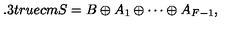
\hspace { - 3 . 3 t r u e c m } S = B \oplus A _ { 1 } \oplus \cdots \oplus A _ { F - 1 } ,